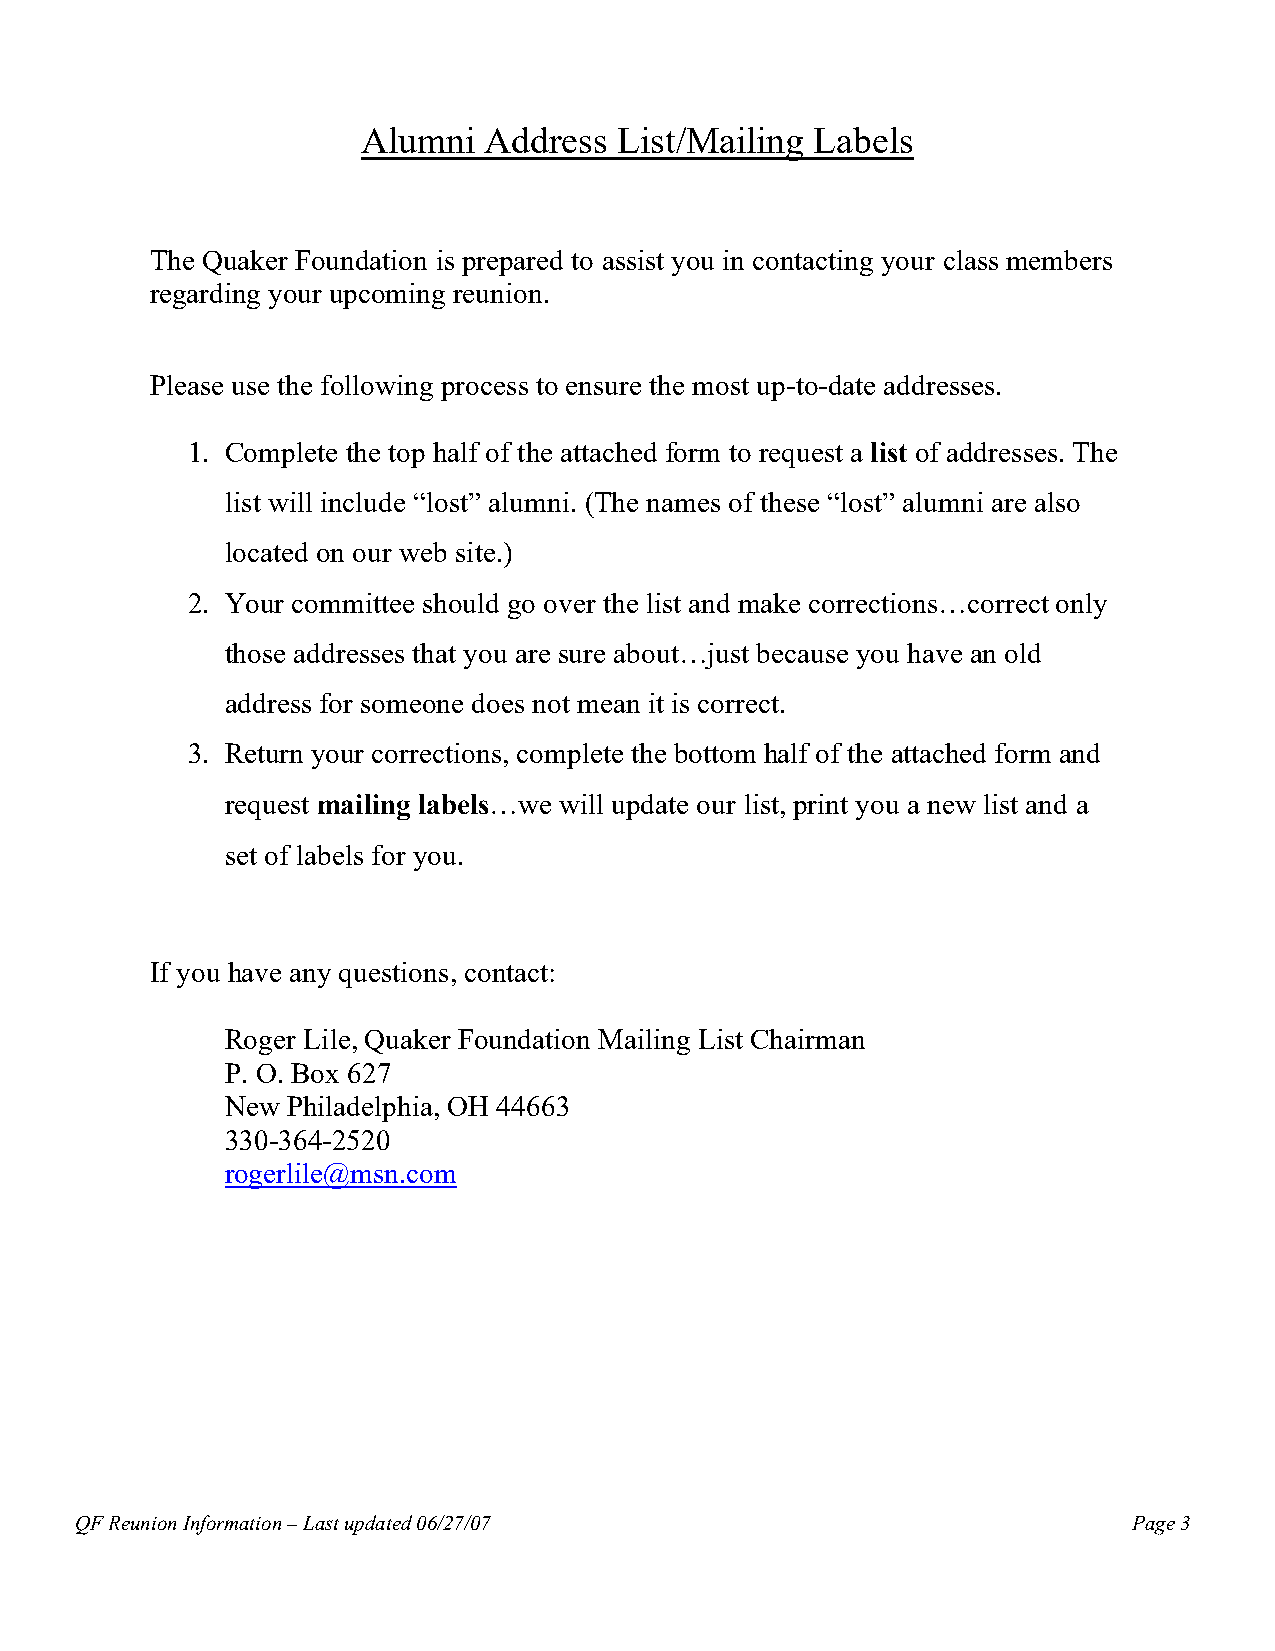
Alumni  Address  List/Mailing Labels
 The Quaker Foundation is prepared to assist you in contacting your class members
 regarding your upcoming reunion.
 Please use the following process to ensure the most up-to-date addresses.
 1. Complete the top half of the attached form to request a list of addresses. The
 list will include “lost” alumni. (The names of these “lost” alumni are also
 located on our web site.)
 2. Your committee should go over the list and make corrections…correct only
 those addresses that you are sure about…just because you have an old
 address for someone does not mean it is correct.
 3. Return your corrections, complete the bottom half of the attached form and
 request mailing labels…we will update our list, print you a new list and a
 set of labels for you.
 If you have any questions, contact:
 Roger Lile, Quaker Foundation Mailing List Chairman
 P. O. Box 627
 New Philadelphia, OH 44663
 330-364-2520
 rogerlile@msn.com
 QF Reunion Information – Last updated 06/27/07                        Page 3